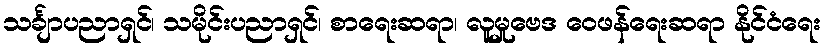
သင်္ချာပညာရှင်၊ သမိုင်းပညာရှင်၊ စာရေးဆရာ၊ လူမှုဗေဒ ဝေဖန်ရေးဆရာ နိုင်ငံရေး